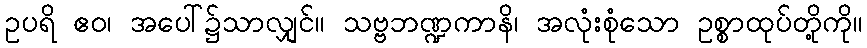
ဥပရိ ဧဝ၊ အပေါ်၌သာလျှင်။ သဗ္ဗဘဏ္ဍကာနိ၊ အလုံးစုံသော ဥစ္စာထုပ်တို့ကို။